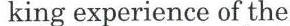
king experience of the